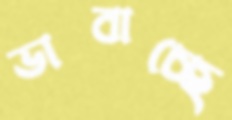
ভাবাচ্ছে